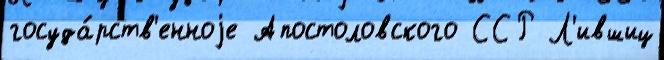
госуда́рств'енноjе Апостоловского ССР Л'ившиц